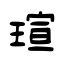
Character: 瑄